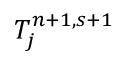
T _ { j } ^ { n + 1 , s + 1 }